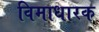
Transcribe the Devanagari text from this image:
विमाधारक